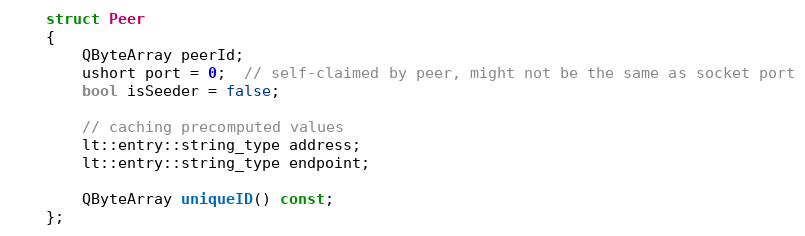
Language: C
    struct Peer
    {
        QByteArray peerId;
        ushort port = 0;  // self-claimed by peer, might not be the same as socket port
        bool isSeeder = false;

        // caching precomputed values
        lt::entry::string_type address;
        lt::entry::string_type endpoint;

        QByteArray uniqueID() const;
    };